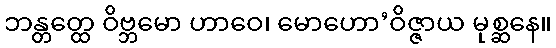
ဘန္တတ္ထေ ဝိဗ္ဘမော ဟာဝေ၊ မောဟော’ဝိဇ္ဇာယ မုစ္ဆနေ။